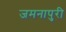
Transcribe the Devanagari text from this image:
जमनापुरी